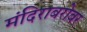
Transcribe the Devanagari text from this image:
मंदिराबरोबर